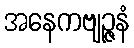
အနေကဗျဉ္ဇနံ